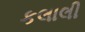
કલાલી